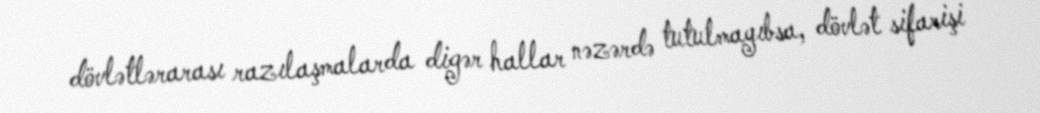
dövlətlərarası razılaşmalarda digər hallar nəzərdə tutulmayıbsa, dövlət sifarişi